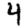
Digit: 4